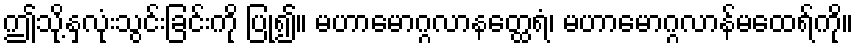
ဤသို့နှလုံးသွင်းခြင်းကို ပြု၍။ မဟာမောဂ္ဂလာနတ္ထေရံ၊ မဟာမောဂ္ဂလာန်မထေရ်ကို။